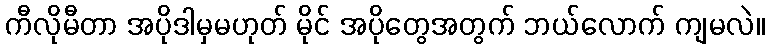
ကီလိုမီတာ အပိုဒါမှမဟုတ် မိုင် အပိုတွေအတွက် ဘယ်လောက် ကျမလဲ။